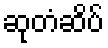
ဆုတံဆိပ်